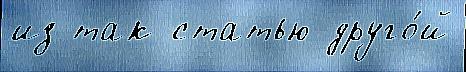
из так статью друго́й